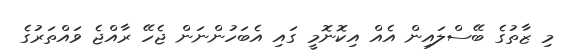
މި ޒާތުގެ ބޭސްލައިން އެއް އިކޮނޮމީ ގައި އެބަހުންނަން ޖެހޭ ރާއްޖެ ވައްތަރުގެ